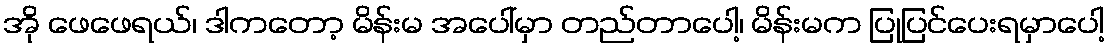
အို ဖေဖေရယ်၊ ဒါကတော့ မိန်းမ အပေါ်မှာ တည်တာပေါ့၊ မိန်းမက ပြုပြင်ပေးရမှာပေါ့